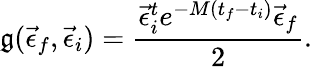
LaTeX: \mathfrak{g}(\vec{{\epsilon}}_{f},\vec{{\epsilon}}_{i})=\frac{{\vec{{\epsilon}}_{i}^{t}e^{-M(t_{f}-t_{i})}\vec{{\epsilon}}_{f}}}{{2}}.